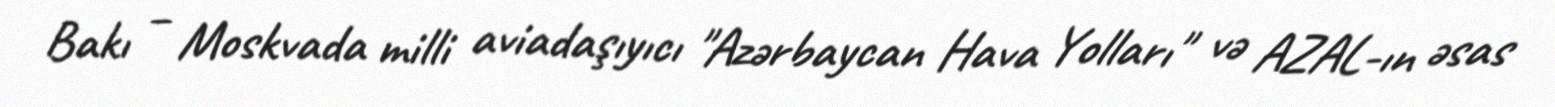
Bakı – Moskvada milli aviadaşıyıcı "Azərbaycan Hava Yolları" və AZAL-ın əsas